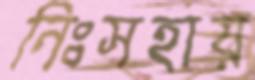
নিঃসহায়